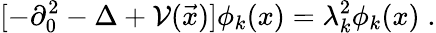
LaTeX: [-\partial_{0}^{2}-\Delta+\mathcal{V}(\vec{{x}})]\phi_{k}(x)=\lambda_{k}^{2}\phi_{k}(x)\; .